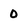
Character: 0